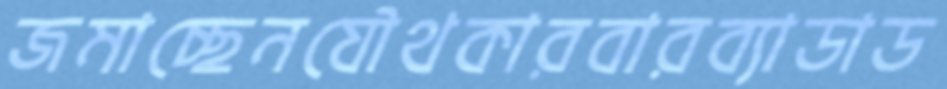
জমাচ্ছেনযৌথকারবারব্যাডাড